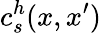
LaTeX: c_{s}^{h}(x,x^{\prime})